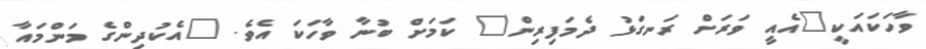
ވާހަކައަކީ"އެއީ ވަރަށް ރަނގަޅު ދެމަފިރިން" ކަމަށް ބުނާ ވާހަކަ އެވެ. "އެކުދިންގެ މަންމައާ